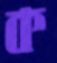
ক